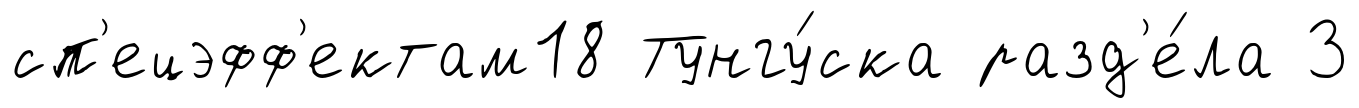
сп'ецэфф'ектам18 Тунгу́ска разд'е́ла 3